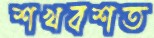
শখবশত